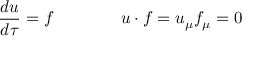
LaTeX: \frac { d u } { d \tau } = f \qquad \qquad u \cdot f = u _ { \mu } f _ { \mu } = 0